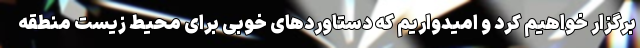
برگزار خواهیم کرد و امیدواریم که دستاوردهای خوبی برای محیط زیست منطقه